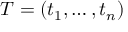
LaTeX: T = ( t _ { 1 } , \ldots , t _ { n } ) \,